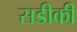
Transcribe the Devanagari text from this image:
सडीकी